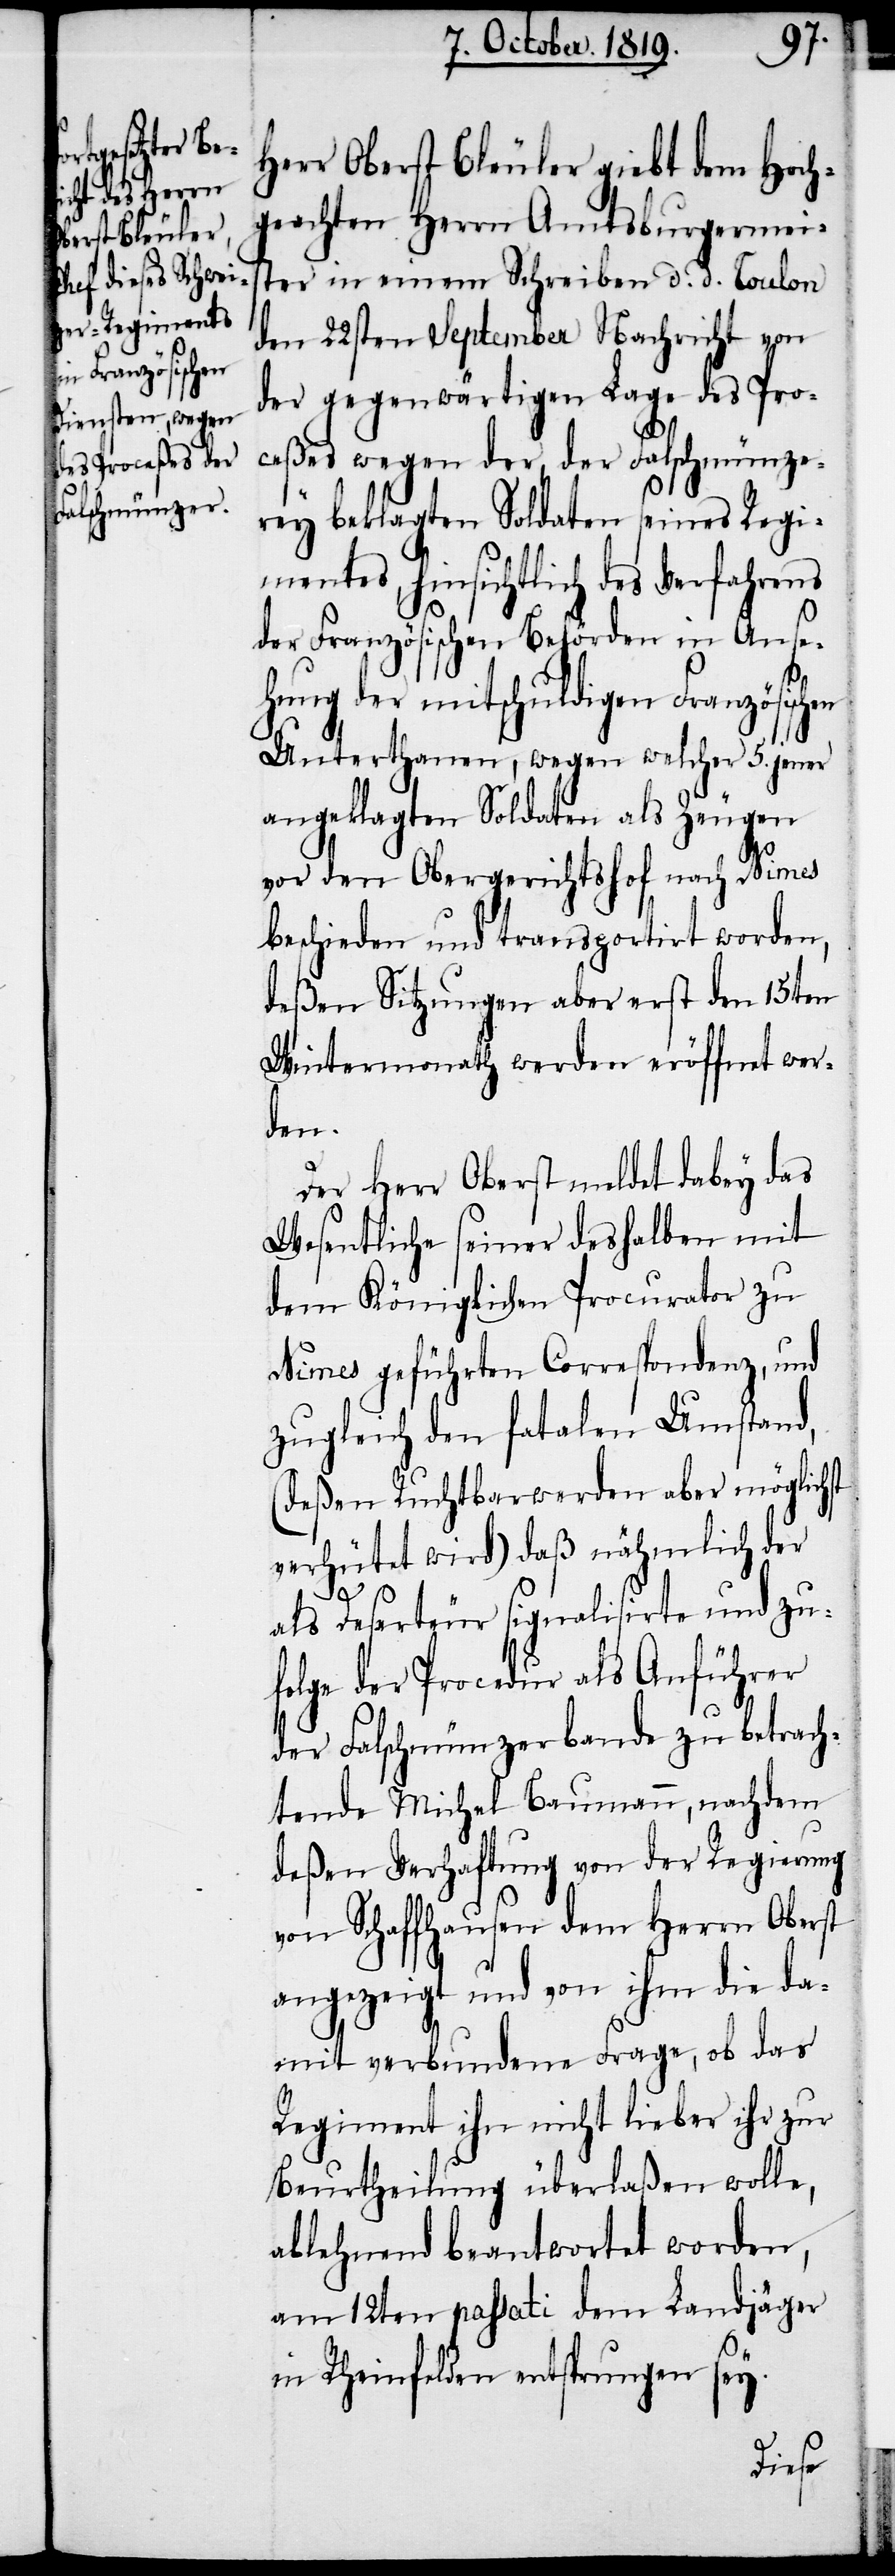
Herr Oberst Bleuler giebt dem Hoch¬
geachten Herrn Amtsburgermeis¬
ter in einem Schreiben d. d. Toulon
den 22sten September Nachricht von
der gegenwärtigen Lage des Pro¬
ceßes wegen der, der Falschmünze¬
rey beklagten Soldaten seines Regi¬
mentes, hinsichtlich des Verfahrens
der Französischen Behörden in Anse¬
hung der mitschuldigen Französischen
Unterthanen, wegen welcher 5. jener
angeklagten Soldaten als Zeugen
vor den Obergerichtshof nach Nimes
beschieden und transportirt worden,
deßen Sitzungen aber erst den 15ten
Wintermonath werden eröffnet wer¬
den.
Der Herr Oberst meldet dabey das
Wesentliche seiner deshalben mit
dem Königlichen Procurator zu
Nimes geführten Correspondenz, und
zugleich den fatalen Umstand,
(deßen Ruchbarwerden aber möglichst
verhütet wird) daß nähmlich der
als Deserteur signalisirte und zu¬
folge der Procedur als Anführer
der Falschmünzerbande zu betrach¬
tende Michel Baumann, nachdem
deßen Verhaftung von der Regierung
von Schaffhausen dem Herrn Oberst
angezeigt und von ihm die da¬
mit verbundene Frage, ob das
Regiment ihn nicht lieber ihr zur
Beurtheilung überlaßen wolle,
ablehnend beantwortet worden,
am 12ten passati dem Landjäger
in Rheinfelden entsprungen sey.